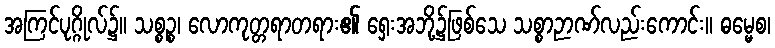
အကြင်ပုဂ္ဂိုလ်၌။ သစ္စဉ္စ၊ လောကုတ္တရာတရား၏ ရှေးအဘို့၌ဖြစ်သေ သစ္စာဉာဏ်လည်းကောင်း။ ဓမ္မေစ၊